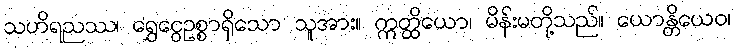
သဟိရညဿ၊ ရွှေငွေဥစ္စာရှိသော သူအား။ ဣတ္ထိယော၊ မိန်းမတို့သည်။ ယောန္တိယေဝ၊